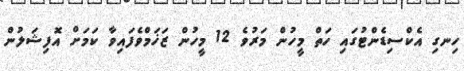
ހިނގި އެކްސިޑެންޓުގައި ހަތް މީހުން މަރުވެ 12 މީހުން ޒަޚަމްވެފައިވާ ކަމަށް އޮފިޝަލުން